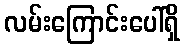
လမ်းကြောင်းပေါ်ရှိ